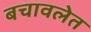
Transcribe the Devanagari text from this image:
बचावलेत